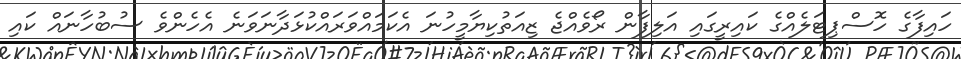
ހައިފާގެ ހޮސްޕިޓަލެއްގެ ކައިރީގައި އަލިފާން ރޯވެއްޖެ ޒިއަތުކިޔާމީހުނަ އެކަމައްވަރައްކުޅަދާނަވަނެ އެހެންވެ ސުބުހާނައް ކައި